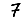
Digit: 7